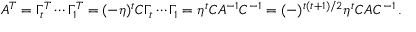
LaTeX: A ^ { T } = \Gamma _ { t } ^ { T } \cdots \Gamma _ { 1 } ^ { T } = ( - \eta ) ^ { t } { \cal C } \Gamma _ { t } \cdots \Gamma _ { 1 } = \eta ^ { t } { \cal C } A ^ { - 1 } { \cal C } ^ { - 1 } = ( - ) ^ { t ( t + 1 ) / 2 } \eta ^ { t } { \cal C } A { \cal C } ^ { - 1 } \, .